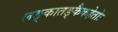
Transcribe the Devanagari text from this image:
लङ्कातङ्कैकहेतोः